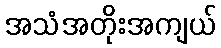
အသံအတိုးအကျယ်